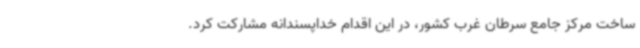
ساخت مرکز جامع سرطان غرب کشور، در این اقدام خداپسندانه مشارکت کرد.